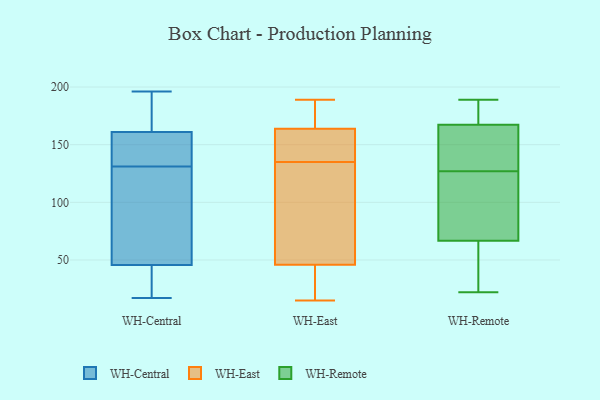
{"axis": {"x": "Inventory Turnover", "y": "Value"}, "legend": ["WH-Central", "WH-East", "WH-Remote"], "data": [{"x": "", "y": 145, "type": "WH-Central"}, {"x": "", "y": 172, "type": "WH-Central"}, {"x": "", "y": 158, "type": "WH-Central"}, {"x": "", "y": 196, "type": "WH-Central"}, {"x": "", "y": 164, "type": "WH-Central"}, {"x": "", "y": 75, "type": "WH-Central"}, {"x": "", "y": 131, "type": "WH-Central"}, {"x": "", "y": 108, "type": "WH-Central"}, {"x": "", "y": 195, "type": "WH-Central"}, {"x": "", "y": 47, "type": "WH-Central"}, {"x": "", "y": 160, "type": "WH-Central"}, {"x": "", "y": 25, "type": "WH-Central"}, {"x": "", "y": 17, "type": "WH-Central"}, {"x": "", "y": 72, "type": "WH-Central"}, {"x": "", "y": 160, "type": "WH-Central"}, {"x": "", "y": 36, "type": "WH-Central"}, {"x": "", "y": 42, "type": "WH-Central"}, {"x": "", "y": 15, "type": "WH-East"}, {"x": "", "y": 41, "type": "WH-East"}, {"x": "", "y": 168, "type": "WH-East"}, {"x": "", "y": 182, "type": "WH-East"}, {"x": "", "y": 137, "type": "WH-East"}, {"x": "", "y": 142, "type": "WH-East"}, {"x": "", "y": 105, "type": "WH-East"}, {"x": "", "y": 32, "type": "WH-East"}, {"x": "", "y": 61, "type": "WH-East"}, {"x": "", "y": 189, "type": "WH-East"}, {"x": "", "y": 135, "type": "WH-East"}, {"x": "", "y": 124, "type": "WH-East"}, {"x": "", "y": 178, "type": "WH-East"}, {"x": "", "y": 24, "type": "WH-East"}, {"x": "", "y": 151, "type": "WH-East"}, {"x": "", "y": 160, "type": "WH-Remote"}, {"x": "", "y": 157, "type": "WH-Remote"}, {"x": "", "y": 53, "type": "WH-Remote"}, {"x": "", "y": 175, "type": "WH-Remote"}, {"x": "", "y": 31, "type": "WH-Remote"}, {"x": "", "y": 121, "type": "WH-Remote"}, {"x": "", "y": 127, "type": "WH-Remote"}, {"x": "", "y": 162, "type": "WH-Remote"}, {"x": "", "y": 108, "type": "WH-Remote"}, {"x": "", "y": 169, "type": "WH-Remote"}, {"x": "", "y": 52, "type": "WH-Remote"}, {"x": "", "y": 155, "type": "WH-Remote"}, {"x": "", "y": 119, "type": "WH-Remote"}, {"x": "", "y": 121, "type": "WH-Remote"}, {"x": "", "y": 22, "type": "WH-Remote"}, {"x": "", "y": 189, "type": "WH-Remote"}, {"x": "", "y": 178, "type": "WH-Remote"}, {"x": "", "y": 46, "type": "WH-Remote"}, {"x": "", "y": 178, "type": "WH-Remote"}]}